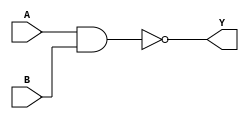
module nand_gate_delay (
    input wire A,
    input wire B,
    output reg Y
);

parameter DELAY = 10; // delay in microseconds

initial begin
    Y = 0;
    #DELAY;
    Y = ~(A & B);
end

endmodule